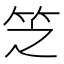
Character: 𬔱